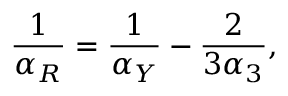
\frac { 1 } { \alpha _ { R } } = \frac { 1 } { \alpha _ { Y } } - \frac { 2 } { 3 \alpha _ { 3 } } ,